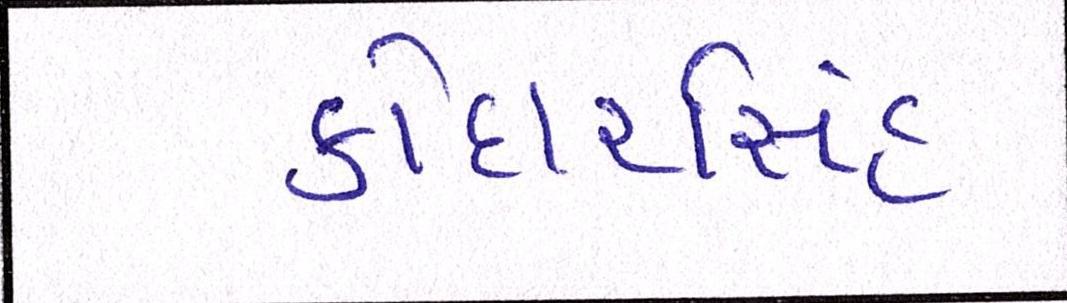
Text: કોદારસિંહ